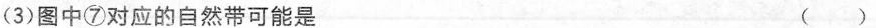
(3)图中⑦对应的自然带可能是 ()